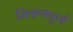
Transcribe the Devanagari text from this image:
मिश्रणपूर्ण